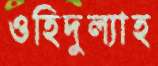
ওহিদুল্যাহ